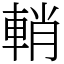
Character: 輎